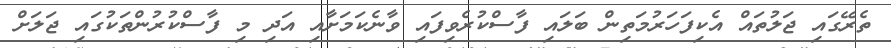
ތެރޭގައި ޖަލުތައް އެކިފަހަރުމަތިން ބަލައި ފާސްކުރެވިފައި ވާނެކަމަށާއި އަދި މި ފާސްކުރުންތަކުގައި ޖަލަށް